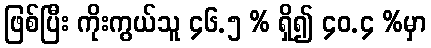
ဖြစ်ပြီး ကိုးကွယ်သူ ၄၆.၅ % ရှိ၍ ၄၀.၄ %မှာ